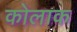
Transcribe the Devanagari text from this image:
कोलाक